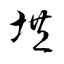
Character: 垬